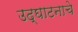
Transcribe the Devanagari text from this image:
उद्‌घाटनाचे